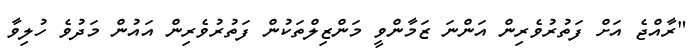
"ރާއްޖެ އަށް ފަތުރުވެރިން އަންނަ ޒަމާންވީ މަންޒިލްތަކުން ފަތުރުވެރިން އައުން މަދުވެ ހުލިވާ